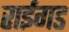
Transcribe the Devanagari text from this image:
राईगड